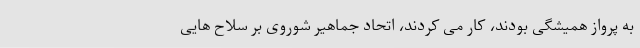
به پرواز همیشگی بودند، کار می کردند، اتحاد جماهیر شوروی بر سلاح هایی